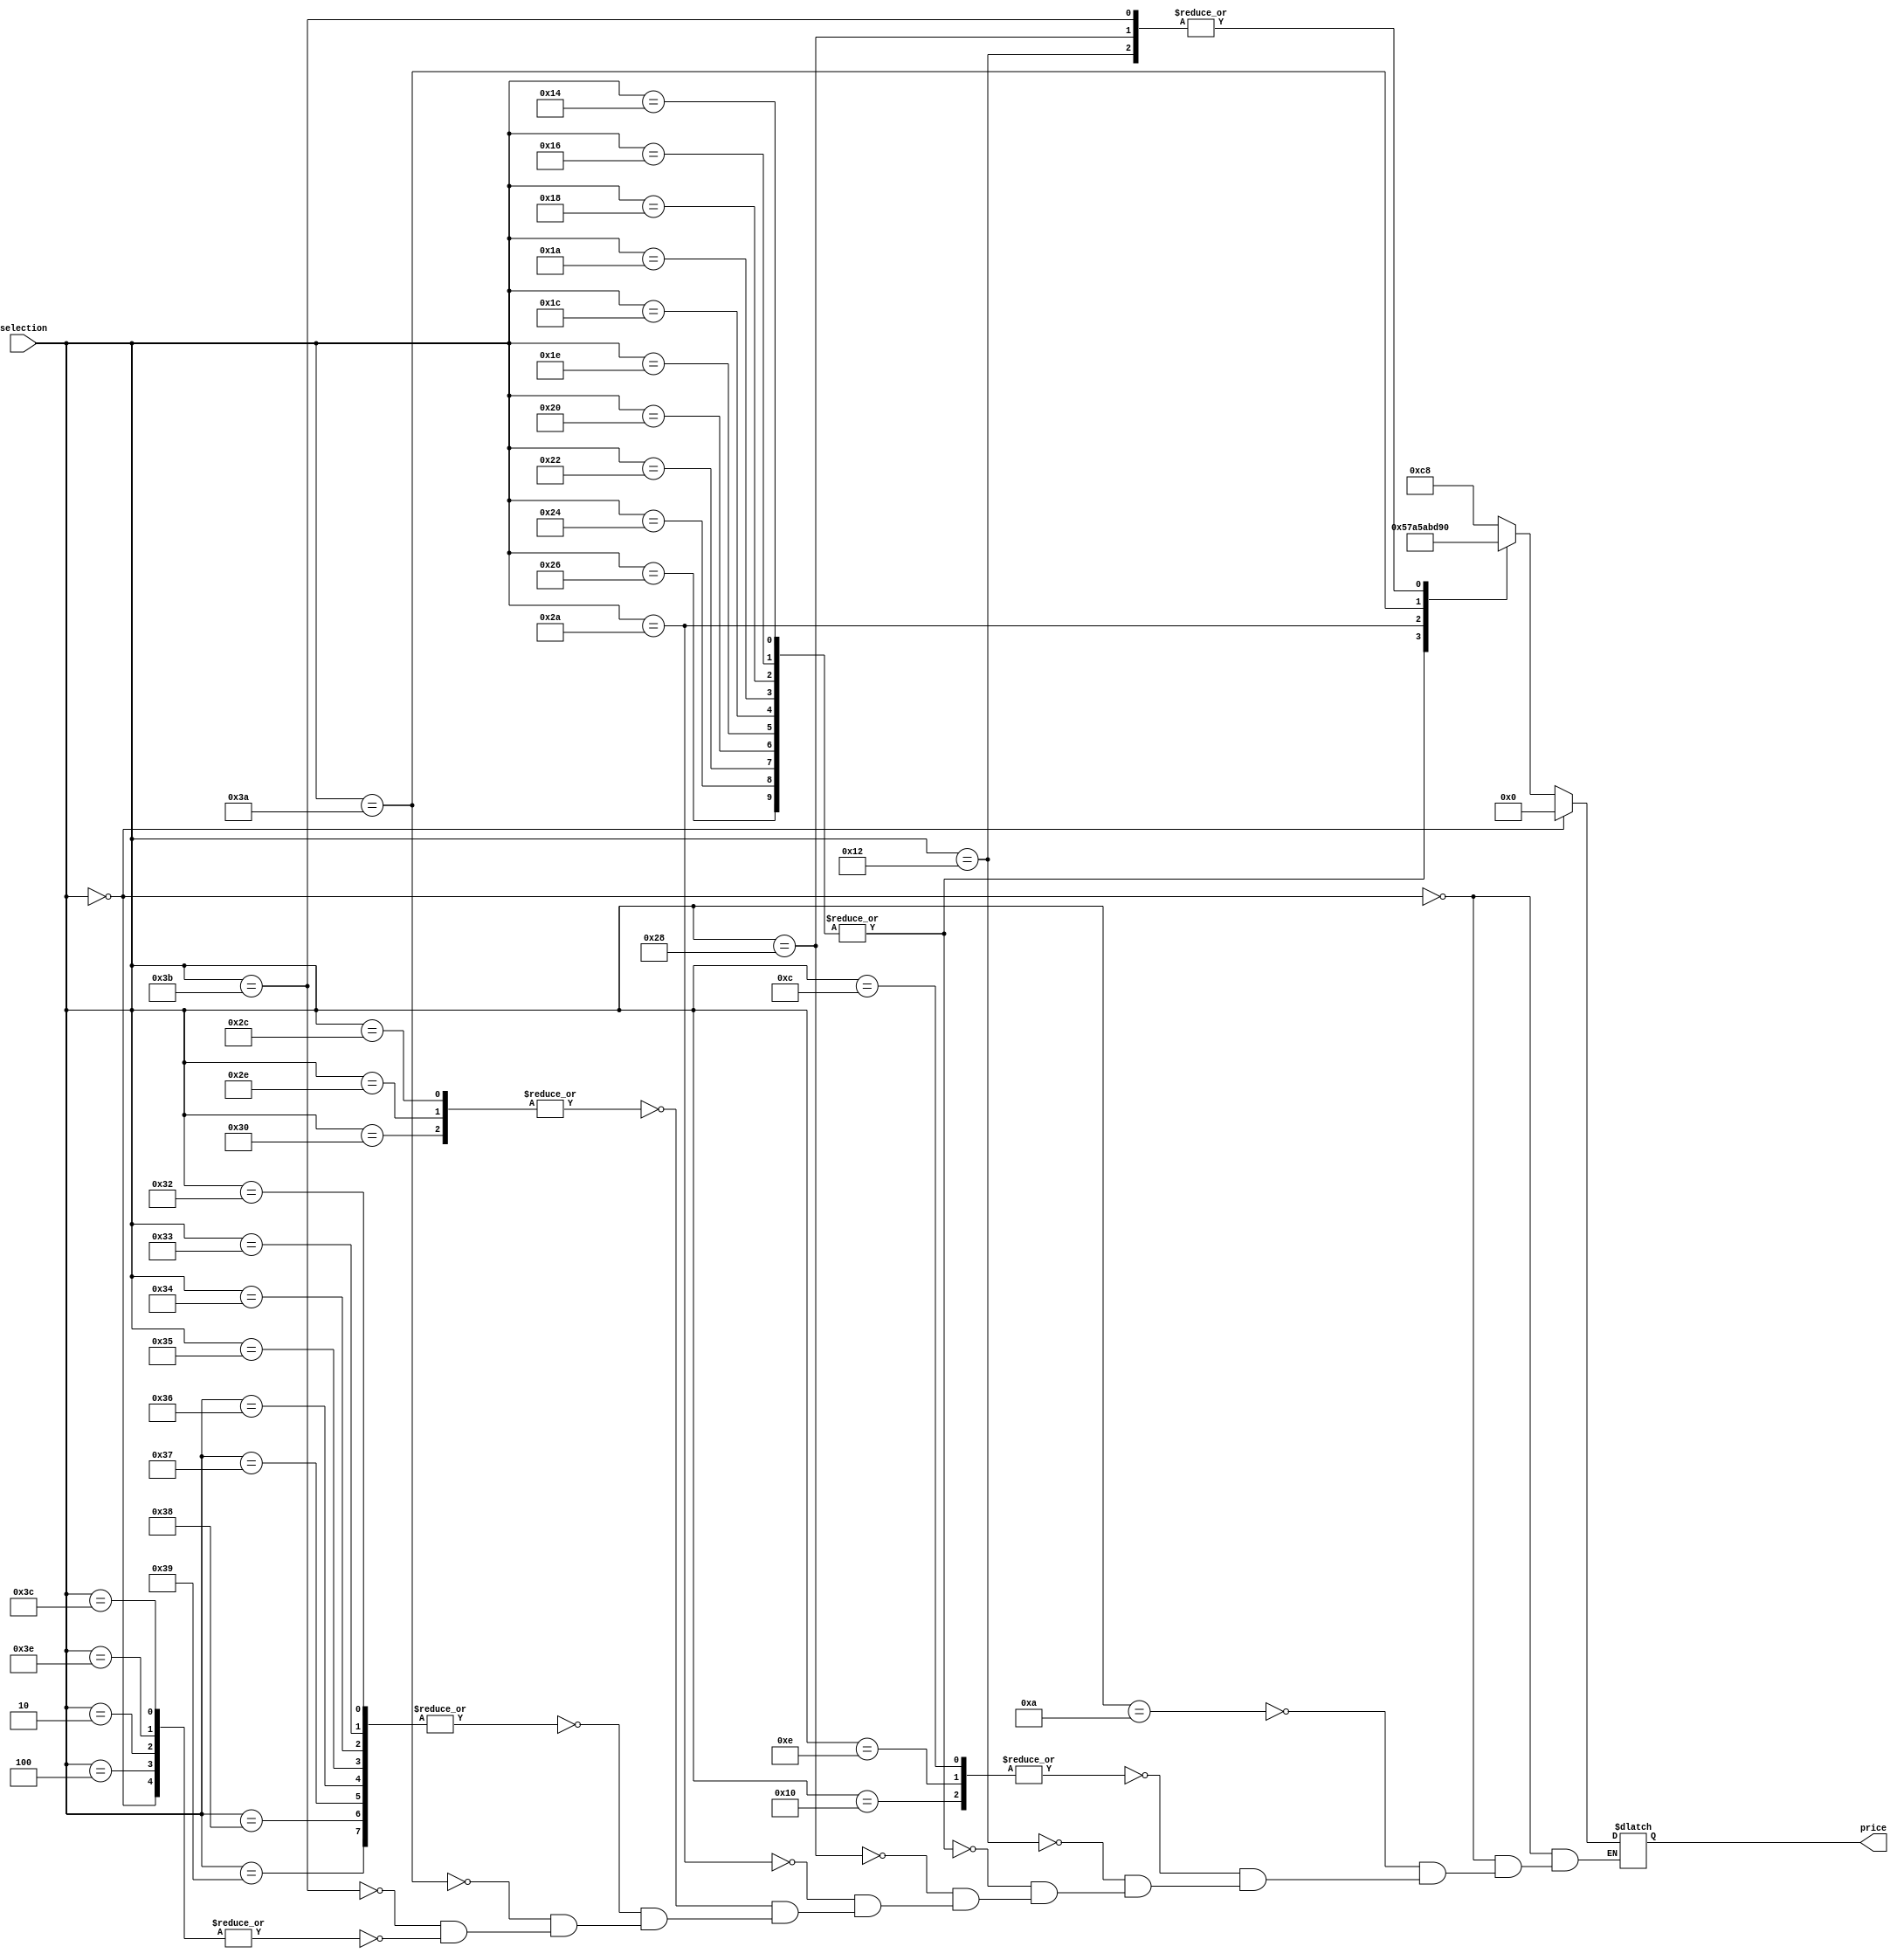
module Snack_selector(
    input [5:0] selection, 
    output reg [8:0] price 
);

    // Output the price based on the selection
    always @(*) begin
    if (selection == 0)begin
    price = 0;
    end else 
    begin
        case(selection)
            6'd10: price = 9'b011001000; // $2.00
            6'd12, 6'd14, 6'd16: price = 9'b011001000; // $2.00 for positions 12, 14, 16
            6'd18: price = 9'b110010000; // $4.00
            6'd20, 6'd22, 6'd24, 6'd26, 6'd28, 6'd30, 6'd32, 6'd34, 6'd36, 6'd38: price = 9'b010101111; // $1.75 for positions 20-38
            6'd40: price = 9'b110010000; // $4.00
            6'd42: price = 9'b010010110; // $1.50
            6'd44, 6'd46, 6'd48: price = 9'b011001000; // $4.00 for positions 44, 46, 48
            6'd50, 6'd51, 6'd52, 6'd53, 6'd54, 6'd55, 6'd56, 6'd57: price = 9'b011001000; // $2.00 for positions 50-57
            6'd58: price = 9'b101011110; // $3.50
            6'd59: price = 9'b110010000; // $4.00
            6'd60, 6'd62, 6'd64, 6'd66, 6'd68: price = 9'b011001000; // $2.00 for positions 60, 62, 64, 66, 68
            6'd0: price = 9'b000000000; // Default price if selection is not listed
        endcase
        end
    end

endmodule